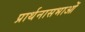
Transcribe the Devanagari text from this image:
प्रार्थनासभाओं